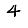
Digit: 4